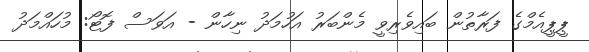
ޕީޕީއެމްގެ ފަރާތުން ބައިވެރިވީ މެންބަރު އަހުމަދު ނިހާން - އަވަސް ފޮޓޯ: މުހައްމަދު